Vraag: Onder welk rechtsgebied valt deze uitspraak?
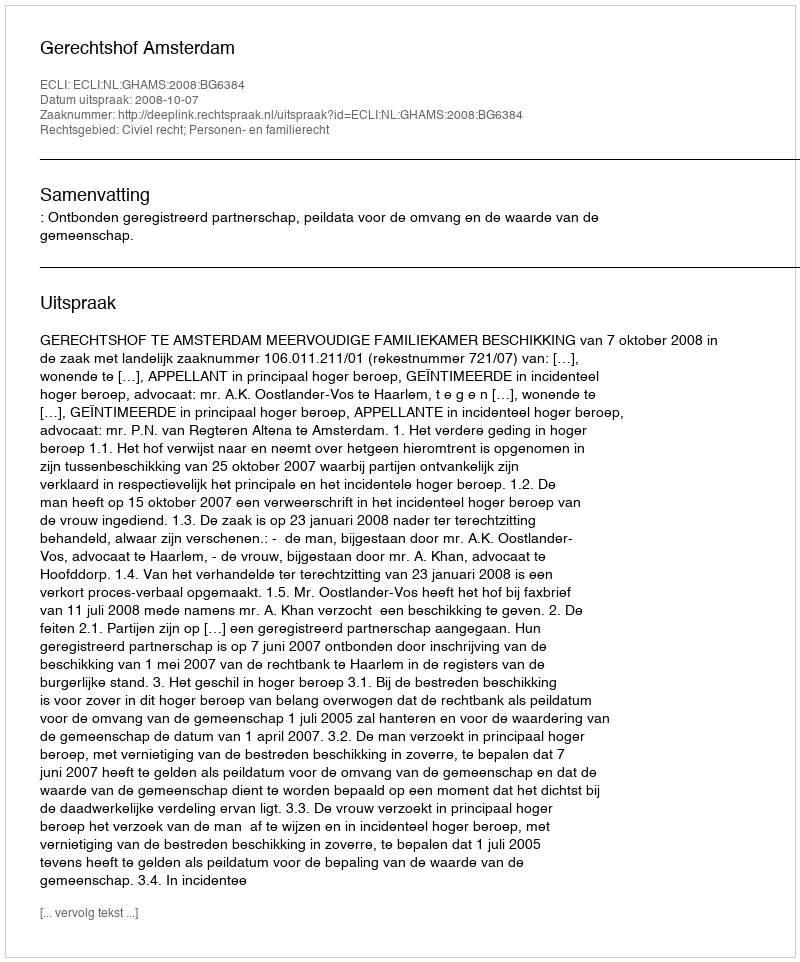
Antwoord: Civiel recht; Personen- en familierecht